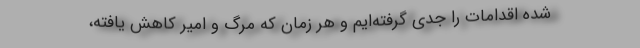
شده اقدامات را جدی گرفته‌ایم و هر زمان که مرگ و امیر کاهش یافته،